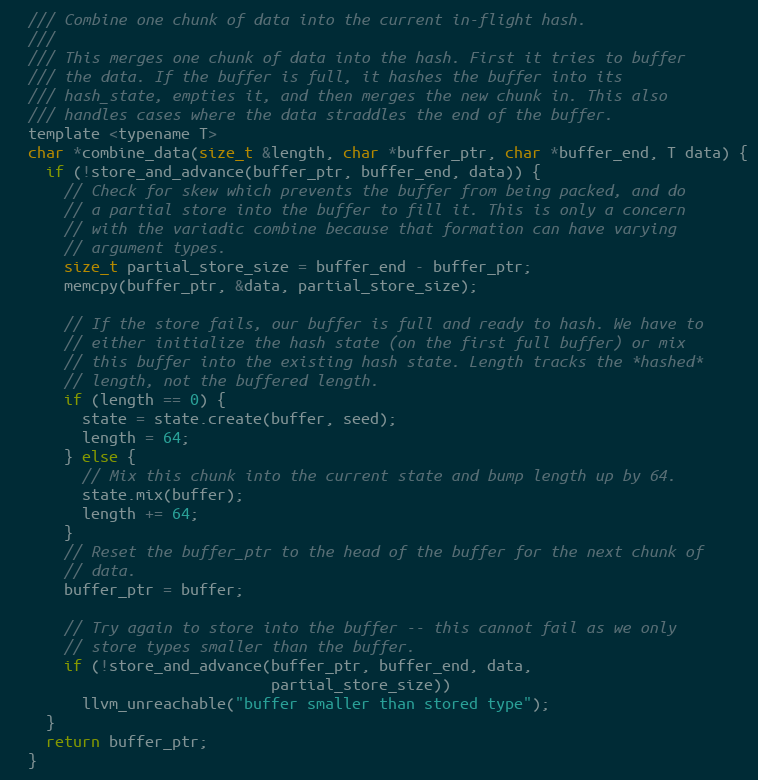
Language: C
  /// Combine one chunk of data into the current in-flight hash.
  ///
  /// This merges one chunk of data into the hash. First it tries to buffer
  /// the data. If the buffer is full, it hashes the buffer into its
  /// hash_state, empties it, and then merges the new chunk in. This also
  /// handles cases where the data straddles the end of the buffer.
  template <typename T>
  char *combine_data(size_t &length, char *buffer_ptr, char *buffer_end, T data) {
    if (!store_and_advance(buffer_ptr, buffer_end, data)) {
      // Check for skew which prevents the buffer from being packed, and do
      // a partial store into the buffer to fill it. This is only a concern
      // with the variadic combine because that formation can have varying
      // argument types.
      size_t partial_store_size = buffer_end - buffer_ptr;
      memcpy(buffer_ptr, &data, partial_store_size);

      // If the store fails, our buffer is full and ready to hash. We have to
      // either initialize the hash state (on the first full buffer) or mix
      // this buffer into the existing hash state. Length tracks the *hashed*
      // length, not the buffered length.
      if (length == 0) {
        state = state.create(buffer, seed);
        length = 64;
      } else {
        // Mix this chunk into the current state and bump length up by 64.
        state.mix(buffer);
        length += 64;
      }
      // Reset the buffer_ptr to the head of the buffer for the next chunk of
      // data.
      buffer_ptr = buffer;

      // Try again to store into the buffer -- this cannot fail as we only
      // store types smaller than the buffer.
      if (!store_and_advance(buffer_ptr, buffer_end, data,
                             partial_store_size))
        llvm_unreachable("buffer smaller than stored type");
    }
    return buffer_ptr;
  }